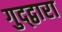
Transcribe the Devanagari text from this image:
गुद्द्वारा